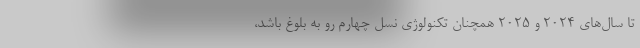
تا سال‌های 2024 و 2025 همچنان تکنولوژی نسل چهارم رو به بلوغ باشد،